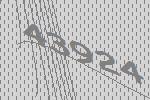
43924